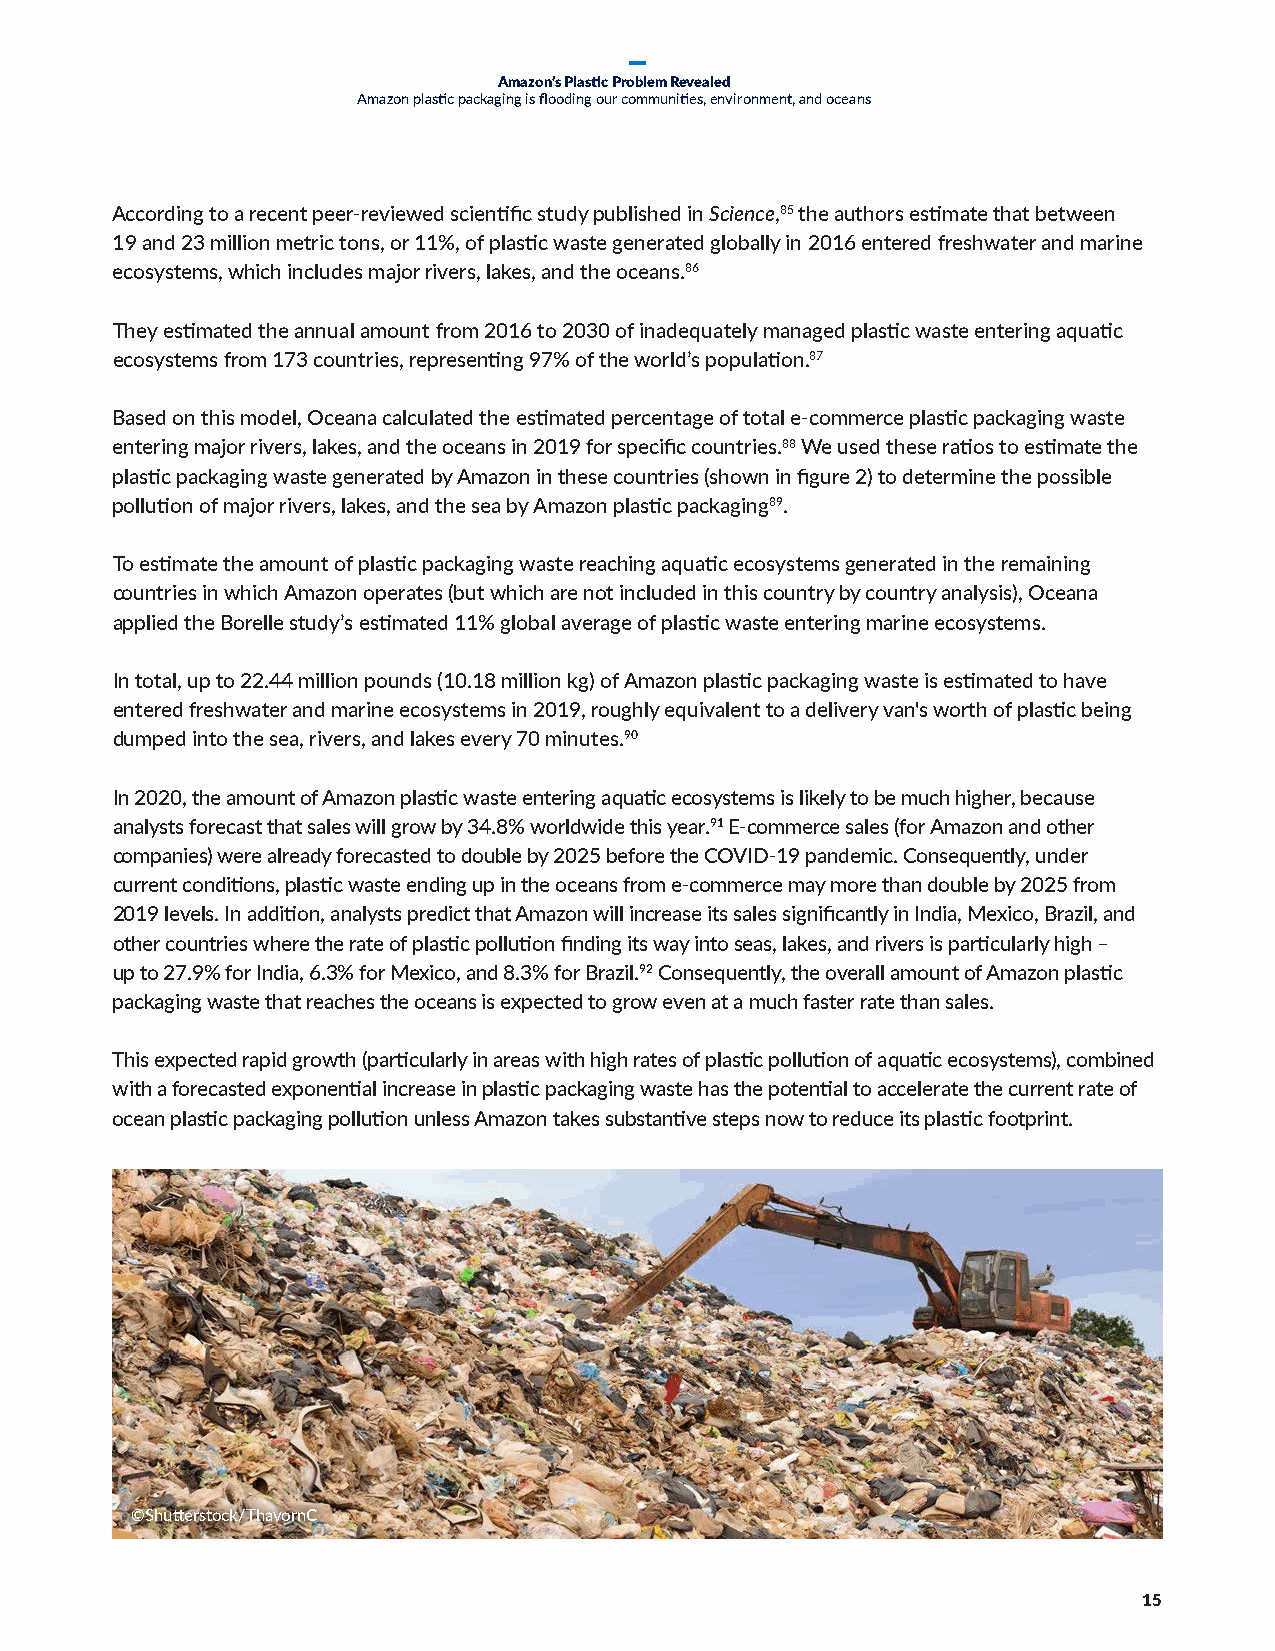
Amazon’s Plastic Problem Revealed
 Amazon plastic packaging is flooding our communities, environment, and oceans
 According to a recent peer-reviewed scientific study published in Science,85 the authors estimate that between
 19 and 23 million metric tons, or 11%, of plastic waste generated globally in 2016 entered freshwater and marine
 ecosystems, which includes major rivers, lakes, and the oceans.86
 They estimated the annual amount from 2016 to 2030 of inadequately managed plastic waste entering aquatic
 ecosystems from 173 countries, representing 97% of the world’s population.87
 Based on this model, Oceana calculated the estimated percentage of total e-commerce plastic packaging waste
 entering major rivers, lakes, and the oceans in 2019 for specific countries.88 We used these ratios to estimate the
 plastic packaging waste generated by Amazon in these countries (shown in figure 2) to determine the possible
 pollution of major rivers, lakes, and the sea by Amazon plastic packaging89.
 To estimate the amount of plastic packaging waste reaching aquatic ecosystems generated in the remaining
 countries in which Amazon operates (but which are not included in this country by country analysis), Oceana
 applied the Borelle study’s estimated 11% global average of plastic waste entering marine ecosystems.
 In total, up to 22.44 million pounds (10.18 million kg) of Amazon plastic packaging waste is estimated to have
 entered freshwater and marine ecosystems in 2019, roughly equivalent to a delivery van's worth of plastic being
 dumped into the sea, rivers, and lakes every 70 minutes.90
 In 2020, the amount of Amazon plastic waste entering aquatic ecosystems is likely to be much higher, because
 analysts forecast that sales will grow by 34.8% worldwide this year.91 E-commerce sales (for Amazon and other
 companies) were already forecasted to double by 2025 before the COVID-19 pandemic. Consequently, under
 current conditions, plastic waste ending up in the oceans from e-commerce may more than double by 2025 from
 2019 levels. In addition, analysts predict that Amazon will increase its sales significantly in India, Mexico, Brazil, and
 other countries where the rate of plastic pollution finding its way into seas, lakes, and rivers is particularly high –
 up to 27.9% for India, 6.3% for Mexico, and 8.3% for Brazil.92 Consequently, the overall amount of Amazon plastic
 packaging waste that reaches the oceans is expected to grow even at a much faster rate than sales.
 This expected rapid growth (particularly in areas with high rates of plastic pollution of aquatic ecosystems), combined
 with a forecasted exponential increase in plastic packaging waste has the potential to accelerate the current rate of
 ocean plastic packaging pollution unless Amazon takes substantive steps now to reduce its plastic footprint.
 ©Shutterstock/ThavornC
 15